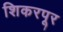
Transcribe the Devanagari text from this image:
शिकरपूर